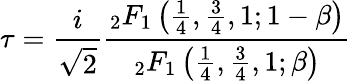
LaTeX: \tau={\frac{i}{\sqrt{2}}}{\frac{{}_{2}F_{1}\left({\frac{1}{4}},{\frac{3}{4}},1;1-\beta\right)}{{}_{2}F_{1}\left({\frac{1}{4}},{\frac{3}{4}},1;\beta\right)}}